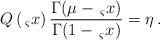
LaTeX: \begin{align*}Q\left( \,_{\varsigma }x\right) \frac{\Gamma (\mu -\,_{\varsigma }x)}{\Gamma(1-\,_{\varsigma }x)}=\eta \,. \end{align*}